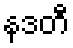
နဒတီ